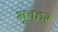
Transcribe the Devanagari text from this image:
भूतहर